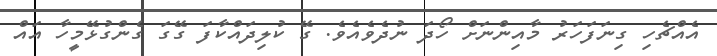
އެއްޗެހި ގިނަފަހަރު މާއިންނަށް ހޯދަ ނުދެވެއެވެ. ގޭ ކުލިދައްކާފަ ގޭގަ ގެންގުޅޭމީހާ އައް